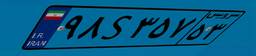
۸۶S۲۵۸۹۲